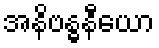
အနိဗန္ဓနီယော